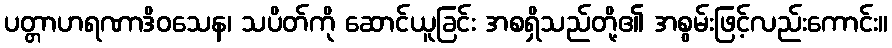
ပတ္တာဟရဏာဒိဝသေန၊ သပိတ်ကို ဆောင်ယူခြင်း အစရှိသည်တို့၏ အစွမ်းဖြင့်လည်းကောင်း။